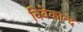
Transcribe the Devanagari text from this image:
विवेकान्‍द